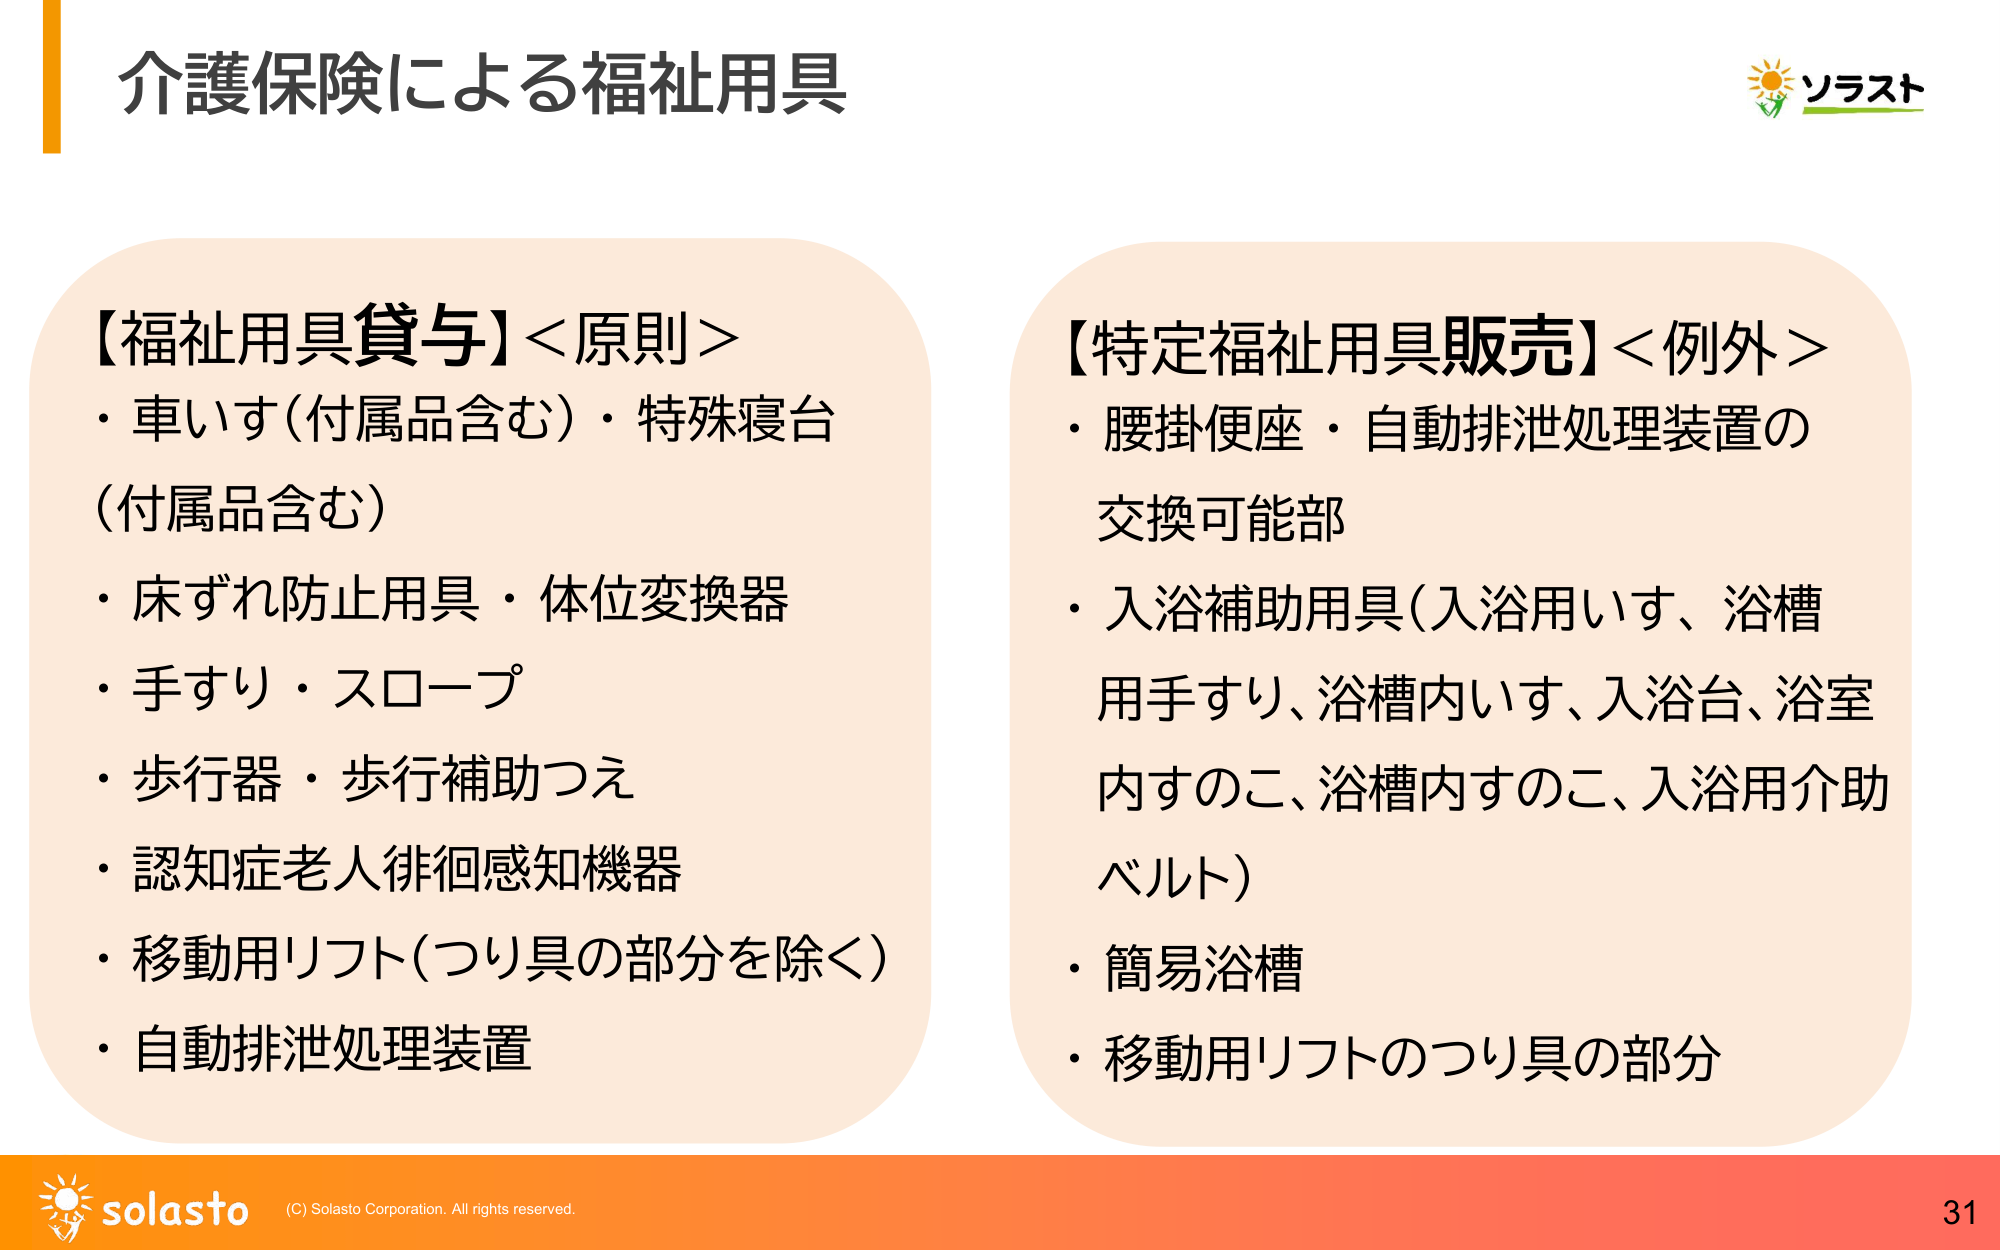
介護保険による福祉用具

【福祉用具貸与】＜原則＞
・車いす（付属品含む）・特殊寝台（付属品含む）
・床ずれ防止用具・体位変換器
・手すり・スロープ
・歩行器・歩行補助つえ
・認知症老人徘徊感知機器
・移動用リフト（つり具の部分を除く）
・自動排泄処理装置

【特定福祉用具販売】＜例外＞
・腰掛便座・自動排泄処理装置の交換可能部
・入浴補助用具（入浴用いす、浴槽用手すり、浴槽内いす、入浴台、浴室內すのこ、浴槽内すのこ、入浴用介助ベルト）
・簡易浴槽
・移動用リフトのつり具の部分

ソラスト

solasto (C) Solasto Corporation. All rights reserved.
31